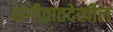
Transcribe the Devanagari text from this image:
संगीतातदेखील